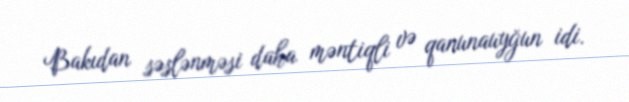
Bakıdan səslənməsi daha məntiqli və qanunauyğun idi.